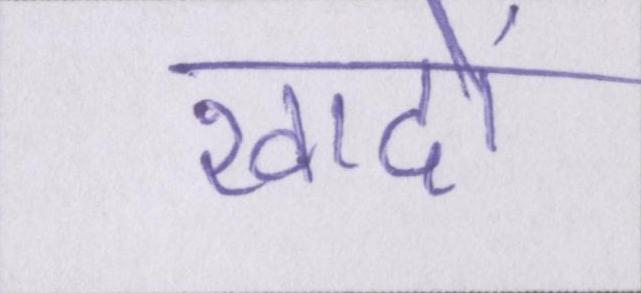
खादों